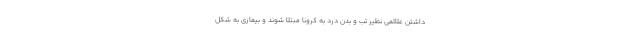
داشتن علائمی نظیر تب و بدن درد به کرونا مبتلا شوند و بیماری به شکل